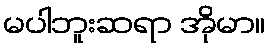
မပါဘူးဆရာ အိုမာ။